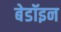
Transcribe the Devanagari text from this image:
बेडॉइन